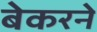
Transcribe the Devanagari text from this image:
बेकरने